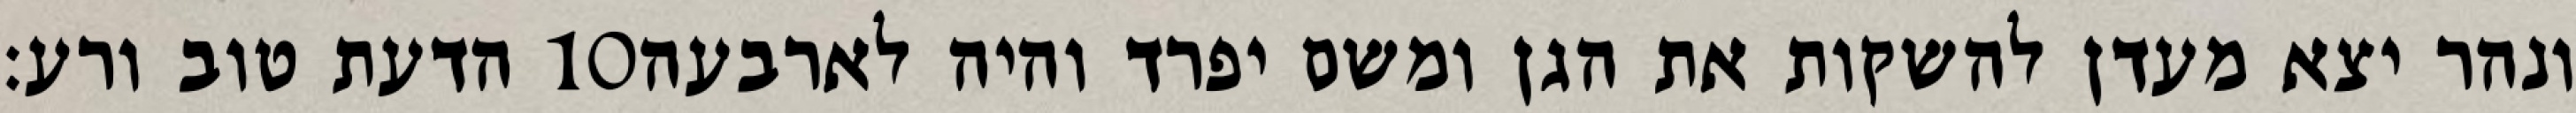
הדעת טוב ורע׃ ‎10‏ ונהר יצא מעדן להשקות את הגן ומשם יפרד והיה לארבעה